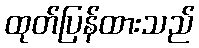
ထုတ်ပြန်ထားသည်